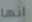
انها